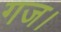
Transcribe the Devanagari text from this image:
गज।